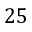
2 5